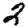
Digit: 2